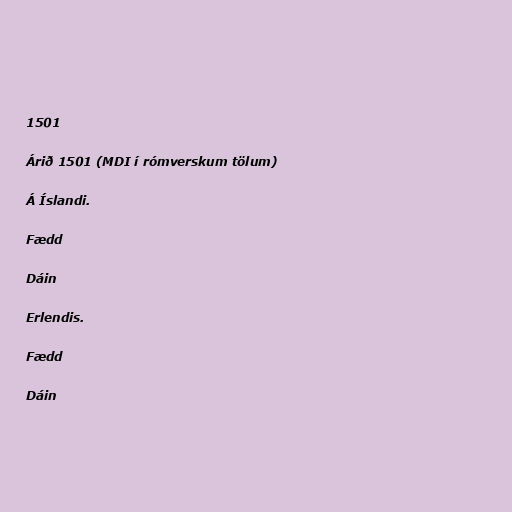
1501

Árið 1501 (MDI í rómverskum tölum)

Á Íslandi.

Fædd

Dáin

Erlendis.

Fædd

Dáin